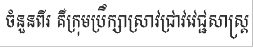
ចំនួនពីរ គឺក្រុមប្រឹក្សាស្រាវជ្រាវវេជ្ជសាស្ត្រ